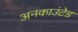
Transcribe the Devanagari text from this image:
अनकाउंटेड